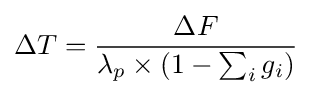
\Delta T={\frac {\Delta F}{\lambda _{p}\times (1-\sum _{i}g_{i})}}